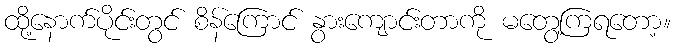
ထို့နောက်ပိုင်းတွင် စိန်ကြောင် နွားကျောင်းတာကို မတွေ့ကြရတော့။